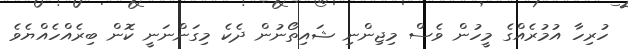
ހުރިހާ އުމުރެއްގެ މީހުން ވެސް މިޖިންނި ޝައިތޯނުން ދެކެ މިގަންނަނީ ކޮން ބިރެއްހެއްޔެވެ